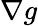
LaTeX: \nabla g